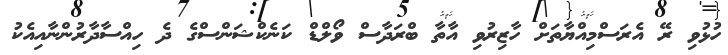
ހުޅުވި ރޭ އެރަސްމިއްޔާތަށް ހާޒިރުވި އާތާ ބްރަދާސް ވޯލްޑް ކަނެކްޝަންސްގެ ދެ ހިއްސާދާރުންނާއިއެކު